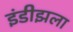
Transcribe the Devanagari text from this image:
इंडीझला